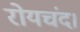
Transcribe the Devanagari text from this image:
रोयचंद।